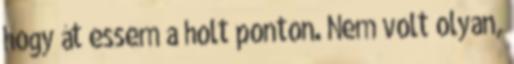
hogy át essem a holt ponton. Nem volt olyan,